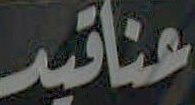
عناقيد